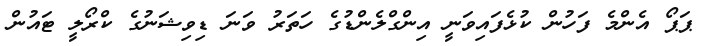
ޕަޕޯ އެންމެ ފަހުން ކުޅެފައިވަނީ އިންގްލެންޑުގެ ހަތަރު ވަނަ ޑިވިޝަނުގެ ކްރޯލީ ޓައުން